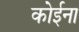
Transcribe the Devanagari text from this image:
कोईना